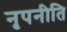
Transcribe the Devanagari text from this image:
नृपनीति